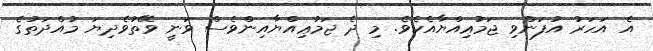
އެ އަހަރު އުފަންވި ޖަމުޢިއްޔާއެކެވެ. މި ދެ ޖަމުޢިއްޔާއިންވެސް ވަނީ ވޭތުވެދިޔަ މުއްދަތުގެ